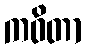
ကဝိတာ